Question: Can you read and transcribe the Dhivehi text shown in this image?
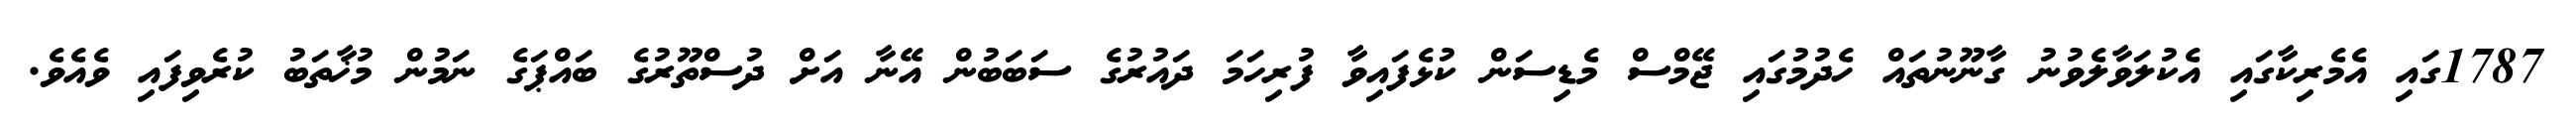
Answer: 1787ގައި އެމެރިކާގައި އެކުލަވާލެވުނު ގާނޫނުތައް ހެދުމުގައި ޖޭމްސް މެޑިސަން ކުޅެފައިވާ ފުރިހަމަ ދައުރުގެ ސަބަބުން އޭނާ އަށް ދުސްތޫރުގެ ބައްޕަގެ ނަމުން މުޚާތަބު ކުރެވިފައި ވެއެވެ.